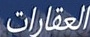
العقارات